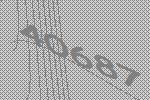
40687